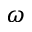
\omega